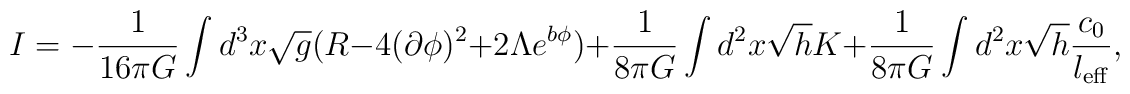
I=-\frac{1}{16\pi G} \int d^3x\sqrt{g}(R-4(\partial\phi)^2 +2\Lambda       e^{b\phi})+\frac{1}{8\pi G}\int d^2x \sqrt{h}K +\frac{1}{8\pi G}     \int d^2x\sqrt{h}\frac{c_0}{l_{\rm eff}},